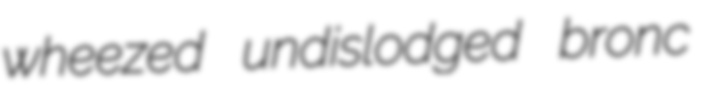
wheezed undislodged bronc